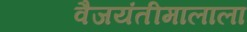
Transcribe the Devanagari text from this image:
वैजयंतीमालाला